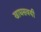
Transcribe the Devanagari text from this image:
खाद्यसवयी